Annual report on the working of the lock hospitals in the Central Provinces
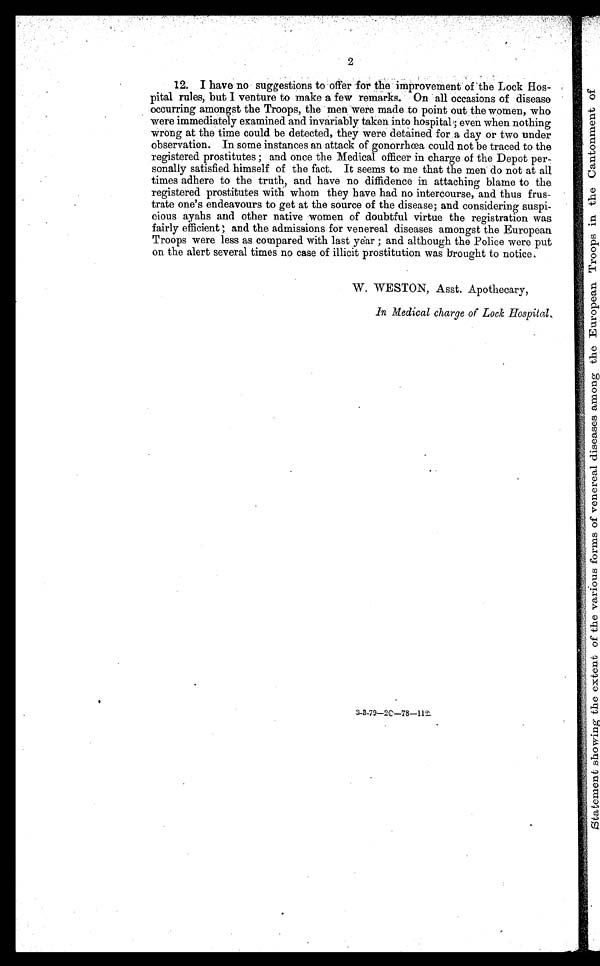
2
12. I have no suggestions to offer for the improvement of the Lock Hos-
pital rules, but I venture to make a few remarks. On all occasions of disease
occurring amongst the Troops, the men were made to point out the women, who
were immediately examined and invariably taken into hospital ; even when nothing
wrong at the time could be detected, they were detained for a day or two under
observation. In some instances an attack of gonorrhoea could not be traced to the
registered prostitutes ; and once the Medical officer in charge of the Depot per-
sonally satisfied himself of the fact. It seems to me that the men do not at all
times adhere to the truth, and have no diffidence in attaching blame to the
registered prostitutes with whom they have had no intercourse, and thus frus-
trate one's endeavours to get at the source of the disease; and considering suspi-
cious ayahs and other native women of doubtful virtue the registration was
fairly efficient ; and the admissions for venereal diseases amongst the European
Troops were less as compared with last year ; and although the Police were put
on the alert several times no case of illicit prostitution was brought to notice.
W. WESTON, Asst. Apothecary,
In Medical charge of Lock Hospital.